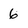
Character: 6